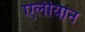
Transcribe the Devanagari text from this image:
एलीयान